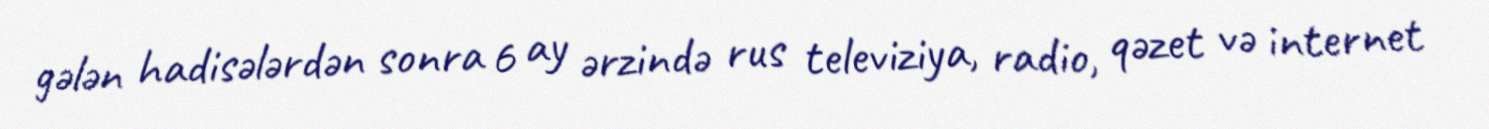
gələn hadisələrdən sonra 6 ay ərzində rus televiziya, radio, qəzet və internet